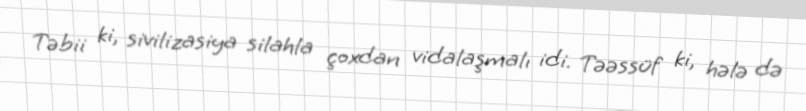
Təbii ki, sivilizasiya silahla çoxdan vidalaşmalı idi. Təəssüf ki, hələ də